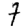
Digit: 7